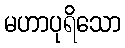
မဟာပုရိသော